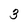
Character: 3